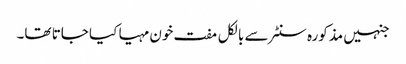
جنہیں مذکورہ سنٹر سے بالکل مفت خون مہیا کیا جاتا تھا۔